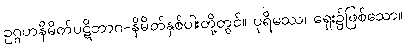
ဥဂ္ဂဟနိမိတ်ပဋိဘာဂ-နိမိတ်နှစ်ပါးတို့တွင်။ ပုရိမဿ၊ ရှေး၌ဖြစ်သော။